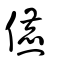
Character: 儦